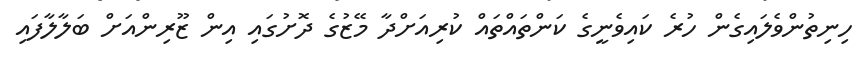
ހިނިތުންވެލައިގެން ހުރެ ކައިވެނީގެ ކަންތައްތައް ކުރިއަށްދާ މޭޒުގެ ދޮށުގައި އިން ޒޫރިންއަށް ބަލާލާފައި